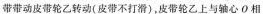
带带动皮带轮乙转动(皮带不打滑)，皮带轮乙上与轴心0相